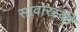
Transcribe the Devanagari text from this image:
सावोरस्की